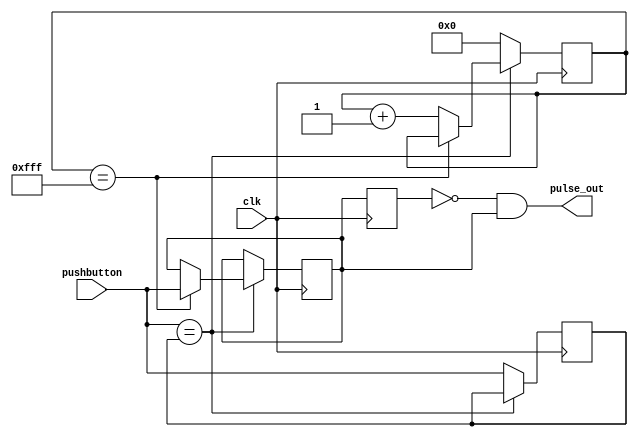
`timescale 1ns / 1ps

module debounce(
input clk,
	input pushbutton,
	output pulse_out);

	reg [11:0] count;
	reg new_press;
	reg stable;
	reg now_stable;

	always @(posedge clk) begin
		if (pushbutton == new_press) begin
			if (count == 4095)
				stable <= pushbutton;
			else
				count <= count + 1;
		end
		
		else begin
			count <= 0;
			new_press <= pushbutton;
		end
   end


   always @(posedge clk) begin
         now_stable <= stable;
   end
 
   //Sends one shot pulse out if stable
   assign pulse_out = (now_stable == 0 & stable == 1);
   
endmodule